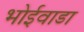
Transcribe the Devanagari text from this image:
भोईवाडा